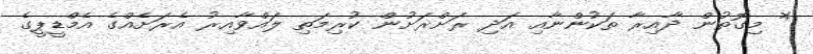
* މިގޮތުން ދާއިރާ ތަކުންނާއި އަދި ރަށްރަށުން ކުރިމަތި ލައްވާއިރު އެރަށެއްގެ އެމްޑީޕީގެ